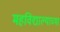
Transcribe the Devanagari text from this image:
महविद्याल्याच्या